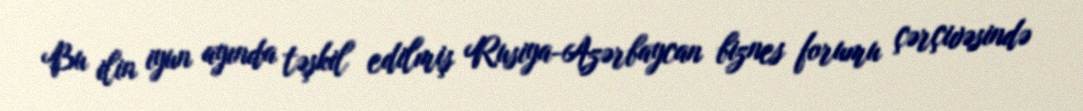
Bu ilin iyun ayında təşkil edilmiş Rusiya-Azərbaycan biznes forumu çərçivəsində